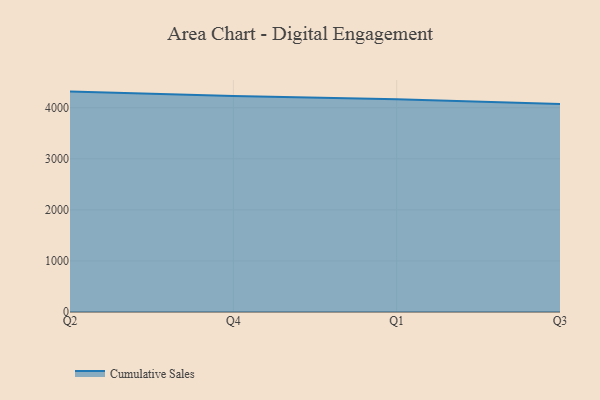
{"axis": {"x": "Quarter", "y": "Page Views"}, "legend": ["Cumulative Sales"], "data": [{"x": "Q2", "y": 4315.9, "type": "Cumulative Sales"}, {"x": "Q4", "y": 4228.2, "type": "Cumulative Sales"}, {"x": "Q1", "y": 4166.1, "type": "Cumulative Sales"}, {"x": "Q3", "y": 4071.6, "type": "Cumulative Sales"}]}